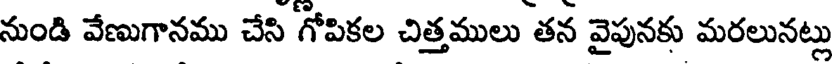
నుండి వేణుగానము చేసి గోపికల చిత్తములు తన వైపునకు మరలునట్లు